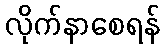
လိုက်နာစေရန်